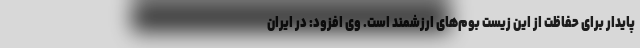
پایدار برای حفاظت از این زیست بوم‌های ارزشمند است. وی افزود: در ایران